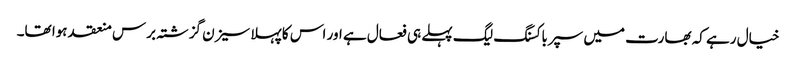
خیال رہے کہ بھارت میں سپرباکسنگ لیگ پہلے ہی فعال ہے اور اس کا پہلا سیزن گزشتہ برس منعقد ہوا تھا۔